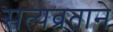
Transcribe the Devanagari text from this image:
सत्यव्रताने